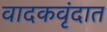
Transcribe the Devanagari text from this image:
वादकवृंदात